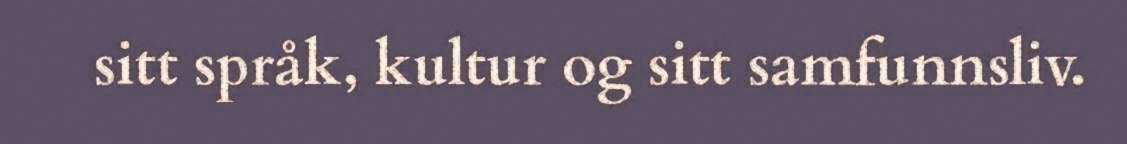
sitt språk, kultur og sitt samfunnsliv.